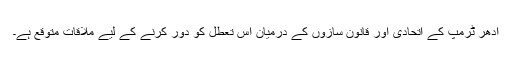
ادھر ٹرمپ کے اتحادی اور قانون سازوں کے درمیان اس تعطل کو دور کرنے کے لیے ملاقات متوقع ہے۔